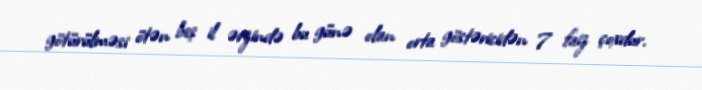
götürülməsi ötən beş il ərzində bu günə olan orta göstəricidən 7 faiz çoxdur.